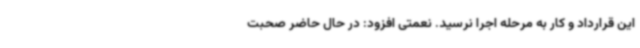
این قرارداد و کار به مرحله اجرا نرسید. نعمتی افزود: در حال حاضر صحبت